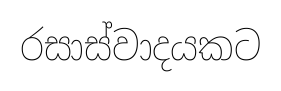
රසාස්වාදයකට